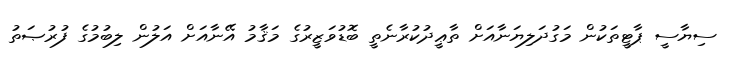
ސިޔާސީ ޕާޓީތަކުން މަގުދަލިޔަނާއަށް ތާޢީދުކުރާނެތީ ބޮޑުވަޒީރުގެ މަޤާމު އޭނާއަށް އަލުން ލިބުމުގެ ފުރުޞަތު